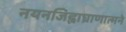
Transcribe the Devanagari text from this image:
नयनजिह्वाघ्राणात्मने